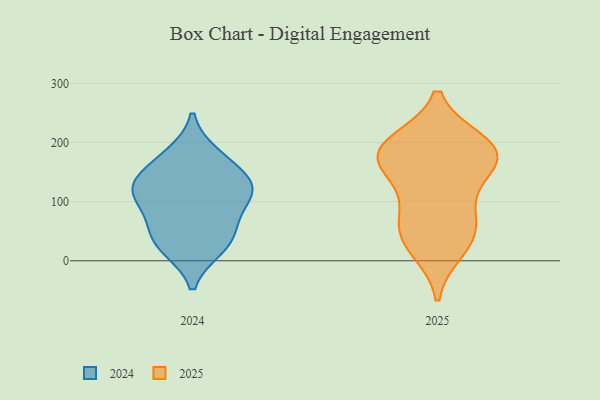
{"axis": {"x": "Budget (USD K)", "y": "Value"}, "legend": ["2024", "2025"], "data": [{"x": "", "y": 69, "type": "2025"}, {"x": "", "y": 51, "type": "2025"}, {"x": "", "y": 99, "type": "2025"}, {"x": "", "y": 177, "type": "2025"}, {"x": "", "y": 178, "type": "2025"}, {"x": "", "y": 189, "type": "2025"}, {"x": "", "y": 37, "type": "2025"}, {"x": "", "y": 168, "type": "2025"}, {"x": "", "y": 199, "type": "2025"}, {"x": "", "y": 193, "type": "2025"}, {"x": "", "y": 149, "type": "2025"}, {"x": "", "y": 20, "type": "2025"}, {"x": "", "y": 99, "type": "2024"}, {"x": "", "y": 64, "type": "2024"}, {"x": "", "y": 125, "type": "2024"}, {"x": "", "y": 122, "type": "2024"}, {"x": "", "y": 22, "type": "2024"}, {"x": "", "y": 25, "type": "2024"}, {"x": "", "y": 179, "type": "2024"}, {"x": "", "y": 118, "type": "2024"}, {"x": "", "y": 166, "type": "2024"}, {"x": "", "y": 130, "type": "2024"}, {"x": "", "y": 49, "type": "2024"}]}